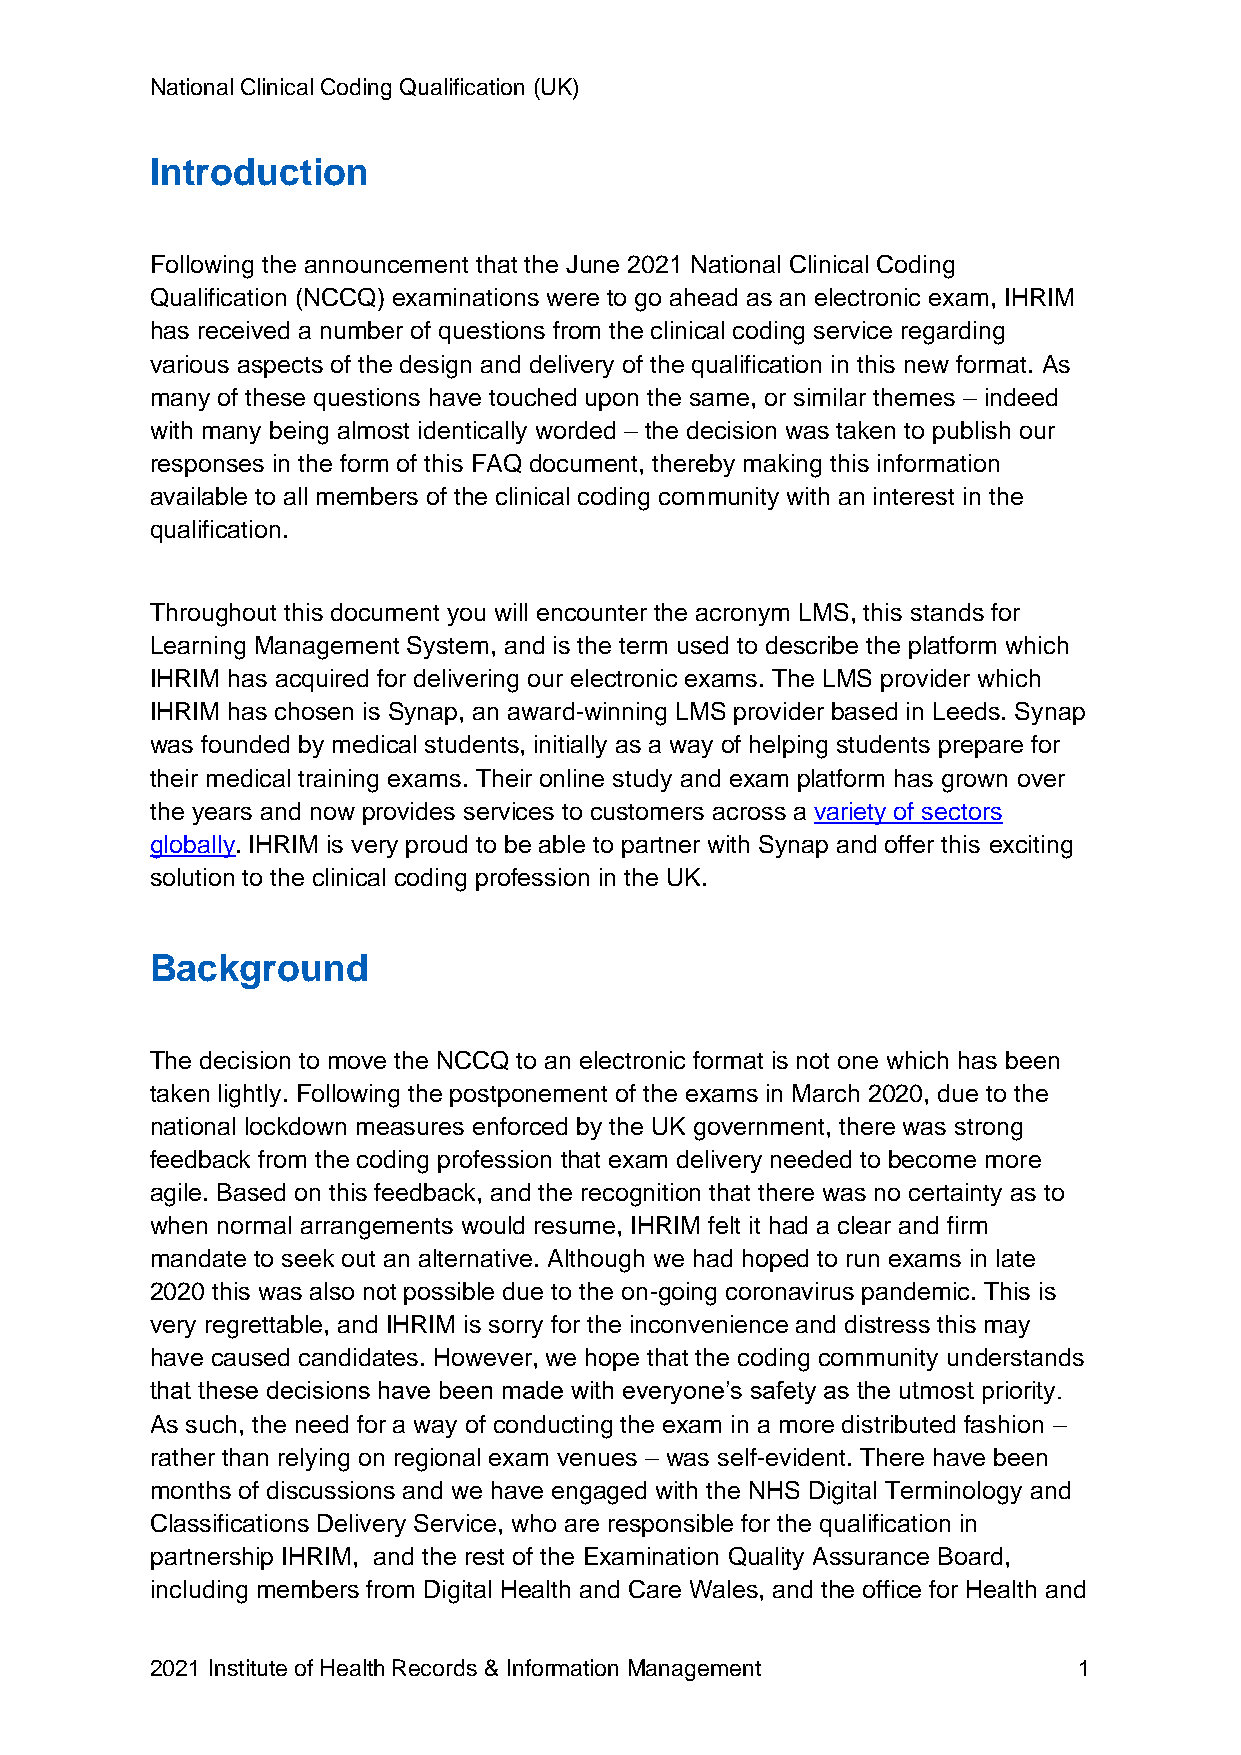
National Clinical Coding Qualification (UK)
 Introduction
 Following the announcement that the June 2021 National Clinical Coding
 Qualification (NCCQ) examinations were to go ahead as an electronic exam, IHRIM
 has received a number of questions from the clinical coding service regarding
 various aspects of the design and delivery of the qualification in this new format. As
 many of these questions have touched upon the same, or similar themes – indeed
 with many being almost identically worded – the decision was taken to publish our
 responses in the form of this FAQ document, thereby making this information
 available to all members of the clinical coding community with an interest in the
 qualification.
 Throughout this document you will encounter the acronym LMS, this stands for
 Learning Management System, and is the term used to describe the platform which
 IHRIM has acquired for delivering our electronic exams. The LMS provider which
 IHRIM has chosen is Synap, an award-winning LMS provider based in Leeds. Synap
 was founded by medical students, initially as a way of helping students prepare for
 their medical training exams. Their online study and exam platform has grown over
 the years and now provides services to customers across a variety of sectors
 globally. IHRIM is very proud to be able to partner with Synap and offer this exciting
 solution to the clinical coding profession in the UK.
 Background
 The decision to move the NCCQ to an electronic format is not one which has been
 taken lightly. Following the postponement of the exams in March 2020, due to the
 national lockdown measures enforced by the UK government, there was strong
 feedback from the coding profession that exam delivery needed to become more
 agile. Based on this feedback, and the recognition that there was no certainty as to
 when normal arrangements would resume, IHRIM felt it had a clear and firm
 mandate to seek out an alternative. Although we had hoped to run exams in late
 2020 this was also not possible due to the on-going coronavirus pandemic. This is
 very regrettable, and IHRIM is sorry for the inconvenience and distress this may
 have caused candidates. However, we hope that the coding community understands
 that these decisions have been made with everyone’s safety as the utmost priority.
 As such, the need for a way of conducting the exam in a more distributed fashion –
 rather than relying on regional exam venues – was self-evident. There have been
 months of discussions and we have engaged with the NHS Digital Terminology and
 Classifications Delivery Service, who are responsible for the qualification in
 partnership IHRIM, and the rest of the Examination Quality Assurance Board,
 including members from Digital Health and Care Wales, and the office for Health and
 2021 Institute of Health Records & Information Management    1